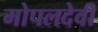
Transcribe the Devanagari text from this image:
मोपलदेवी